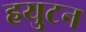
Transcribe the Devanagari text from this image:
हयुटन